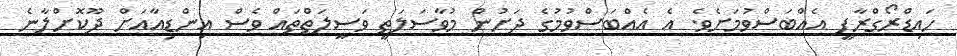
ހައިޑްރޯގްރާފީ އެއްބަސްވުމަށެވެ. އެ އެއްބަސްވުމުގެ ދަށުން މުވާސަލަތީ ވަސީލަތްތައް ވެސް އިންޑިއާއަށް ދޫކޮށްލާނެ